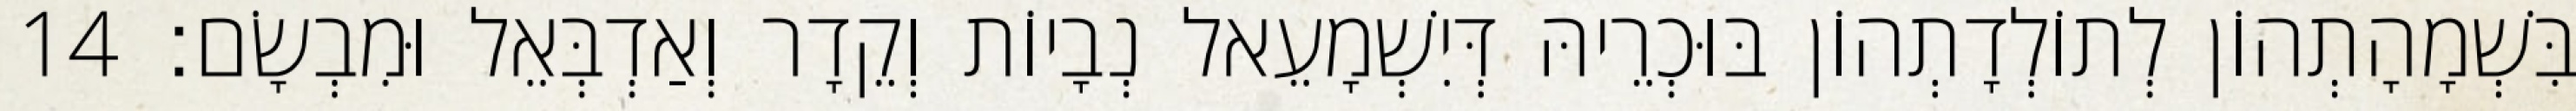
בִּשְׁמָהָתְהוֹן לְתוֹלְדָתְהוֹן בּוּכְרֵיהּ דְּיִשְׁמָעֵאל נְבָיוֹת וְקֵדָר וְאַדְבְּאֵל וּמִבְשָׂם׃ 14